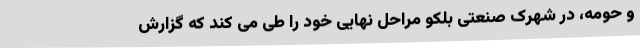
و حومه، در شهرک صنعتی بلکو مراحل نهایی خود را طی می کند که گزارش